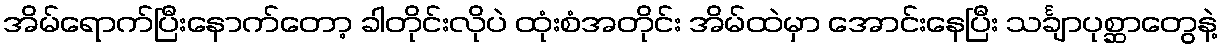
အိမ်ရောက်ပြီးနောက်တော့ ခါတိုင်းလိုပဲ ထုံးစံအတိုင်း အိမ်ထဲမှာ အောင်းနေပြီး သင်္ချာပုစ္ဆာတွေနဲ့